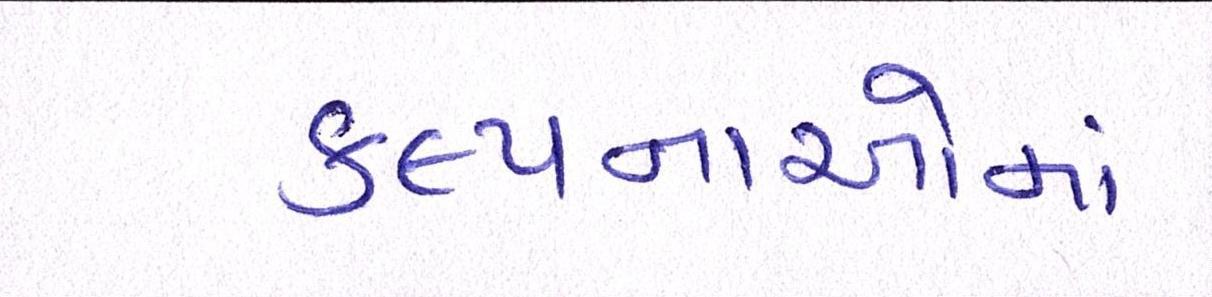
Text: કલ્પનાઓમાં